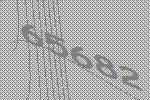
65682